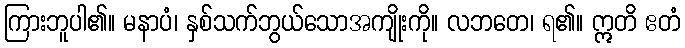
ကြားဘူပါ၏။ မနာပံ၊ နှစ်သက်ဘွယ်သောအကျိုးကို။ လဘတေ၊ ရ၏။ ဣတိ ဧတံ